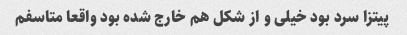
پیتزا سرد بود خیلی و از شکل هم خارج شده بود واقعا متاسفم